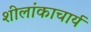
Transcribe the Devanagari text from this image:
शीलांकाचार्य